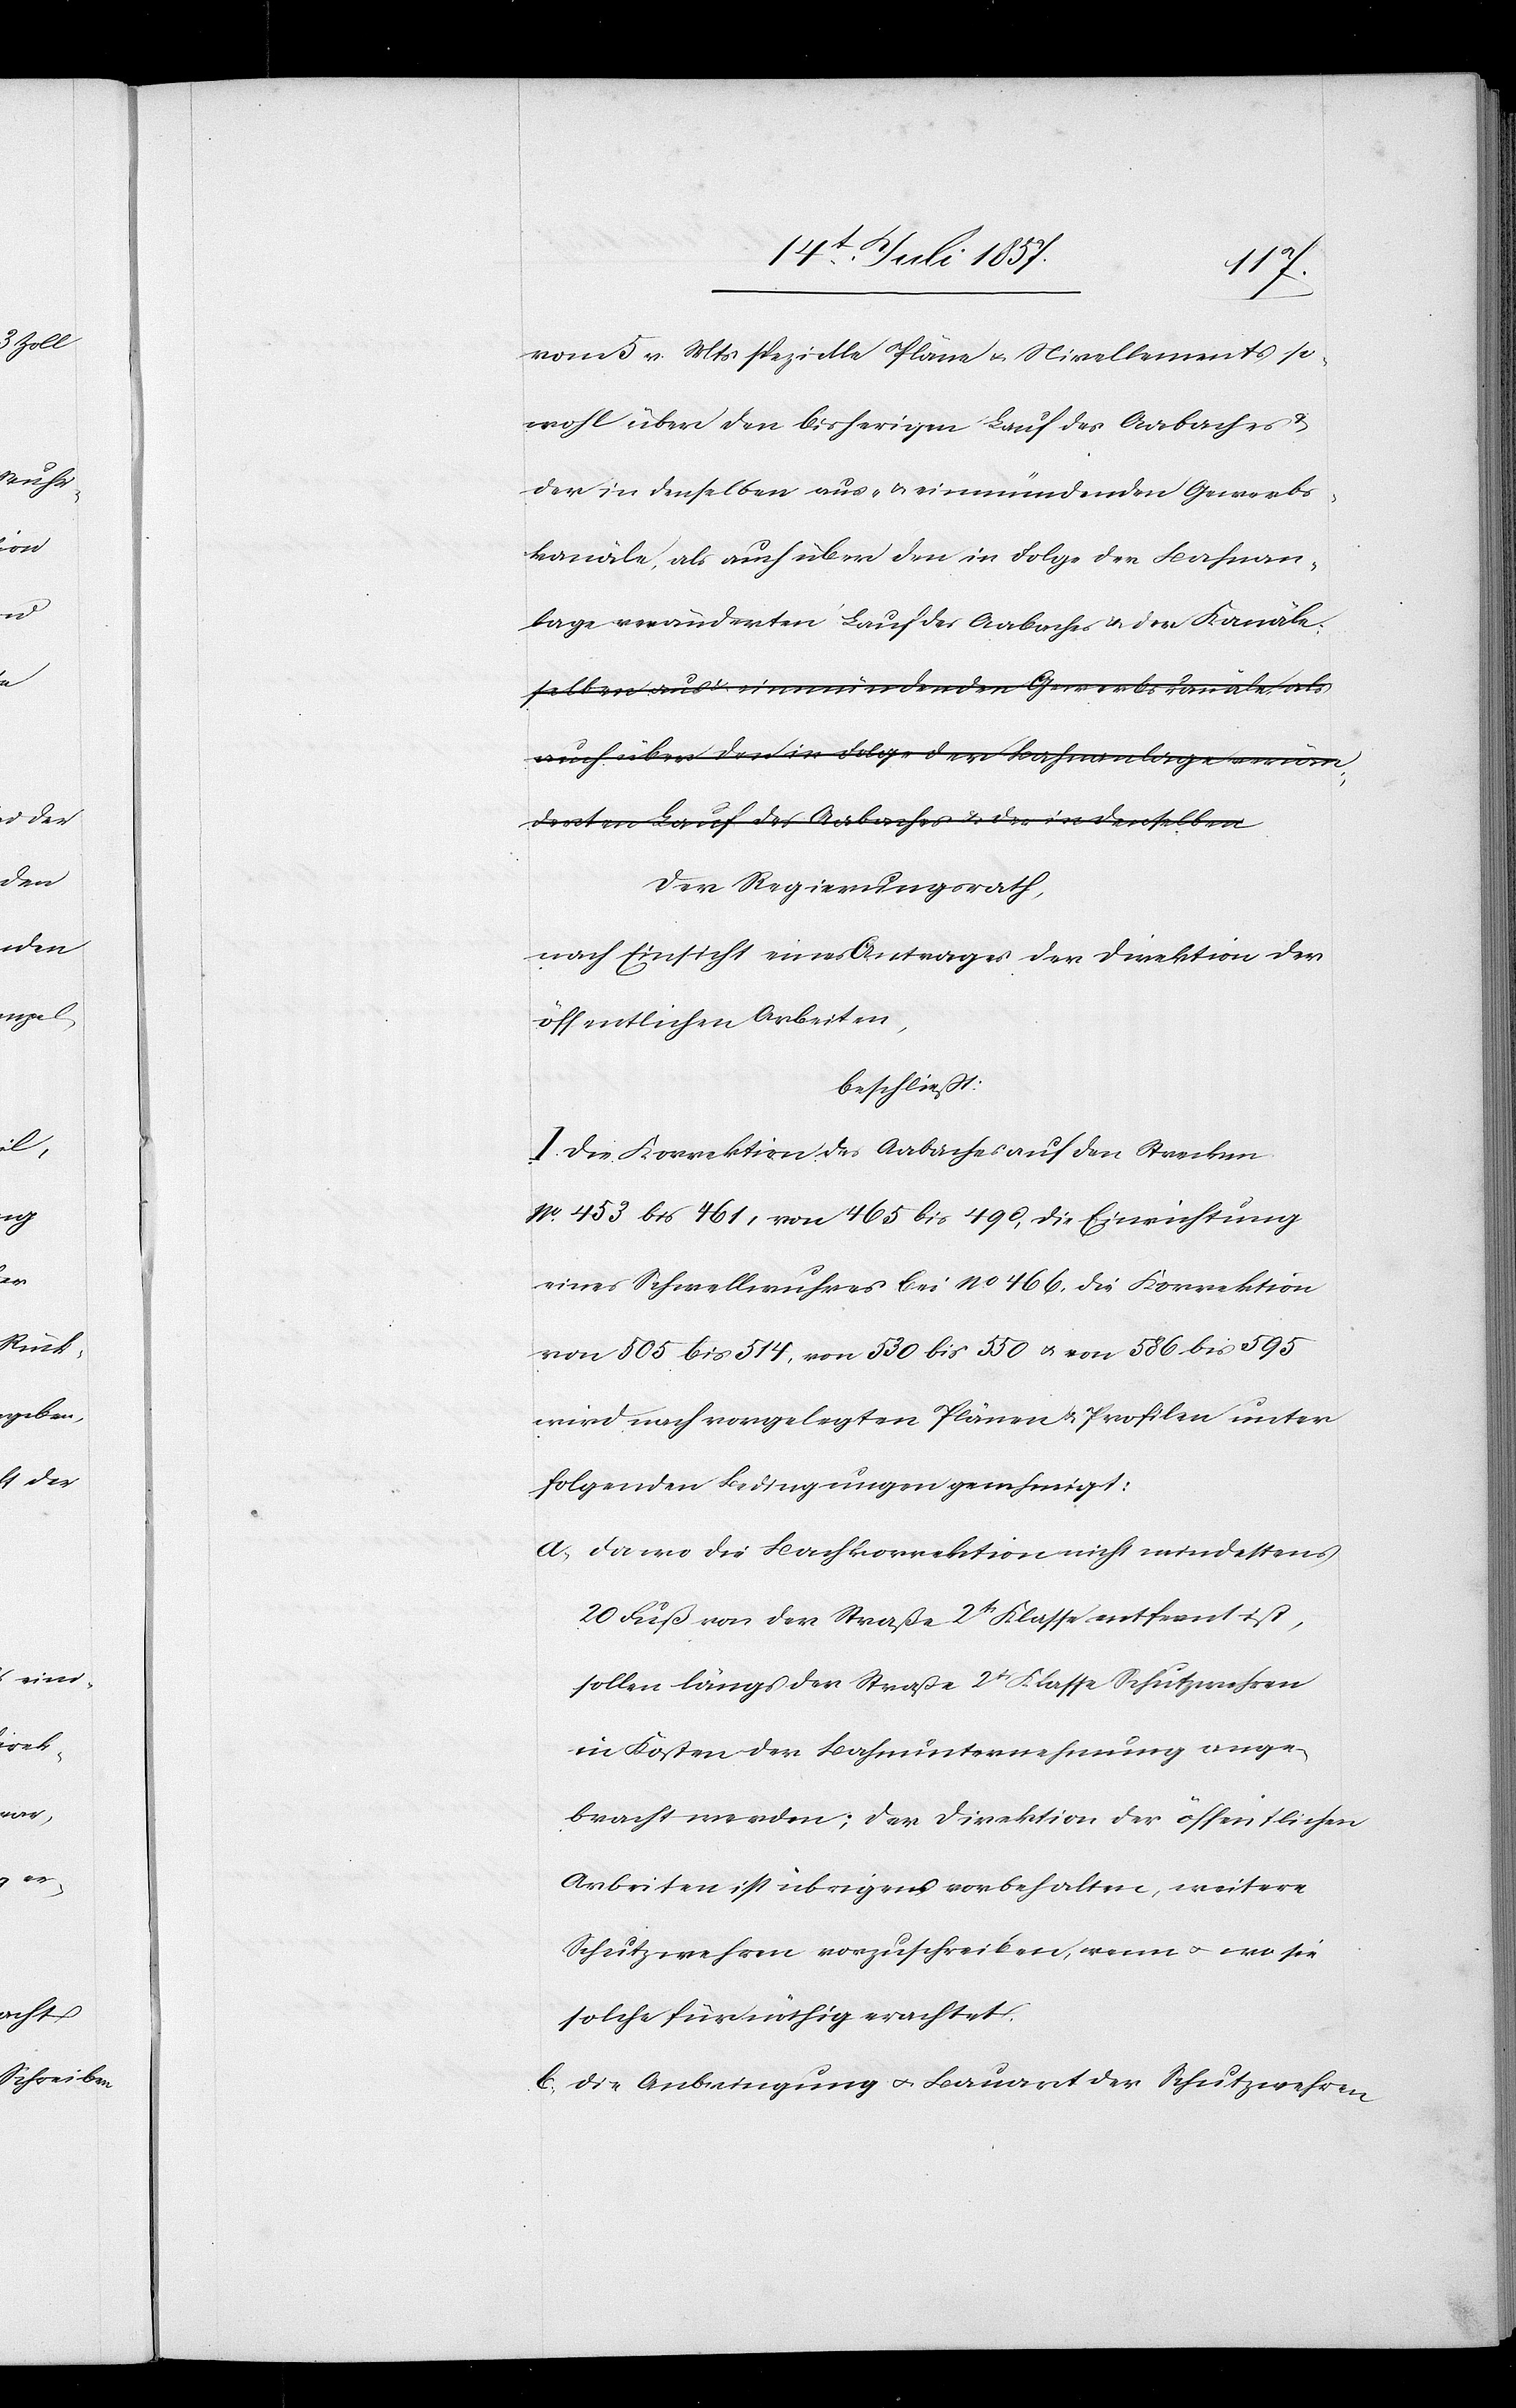
vom 5 v. Mts. spezielle Pläne & Nivellements so¬
wohl über den bisherigen Lauf des Aabaches &
der in denselben aus- & einmündenden Gewerbs¬
kanäle, als auch über den in Folge der Bahnan¬
lage veränderten Lauf des Aabaches & der Kanäle.
Der Regierungsrath,
nach Einsicht eines Antrages der Direktion der
öffentlichen Arbeiten,
beschließt:
I. Die Korrektion des Aabaches auf den Strecken
No 453 bis 461, von 465 bis 490, die Einrichtung
eines Schwellwuhres bei No 466, die Korrektion
von 505 bis 514, von 530 bis 550 & von 586 bis 595
wird nach vorgelegten Plänen & Profilen unter
folgenden Bedingungen genehmigt:
a. da wo die Bachkorrektion nicht mindestens
20 Fuß von der Straße 2tr Klasse entfernt ist,
sollen längs der Straße 2tr Klasse Schutzwehren
in Kosten der Bahnunternehmung ange¬
bracht werden; der Direktion der öffentlichen
Arbeiten ist übrigens vorbehalten, weitere
Schutzwehren vorzuschreiben, wenn & wo sie
solche für nöthig erachtet.
b. die Anbringung & Bauart der Schutzwehren